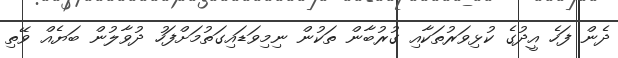
ދެން ފަހެ އީދުގެ ކުޅިވަރުތަކާއި ގުރުބާން ތަކުން ނިމިވަޑައިގަތުމަށްފަހު ދުވާލުން ބަޔެއް ވޭތި